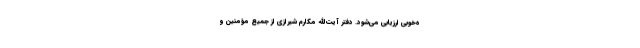
ه‌خوبی ارزیابی می‌شود. دفتر آیت‌الله مکارم شیرازی از جمیع مؤمنین و